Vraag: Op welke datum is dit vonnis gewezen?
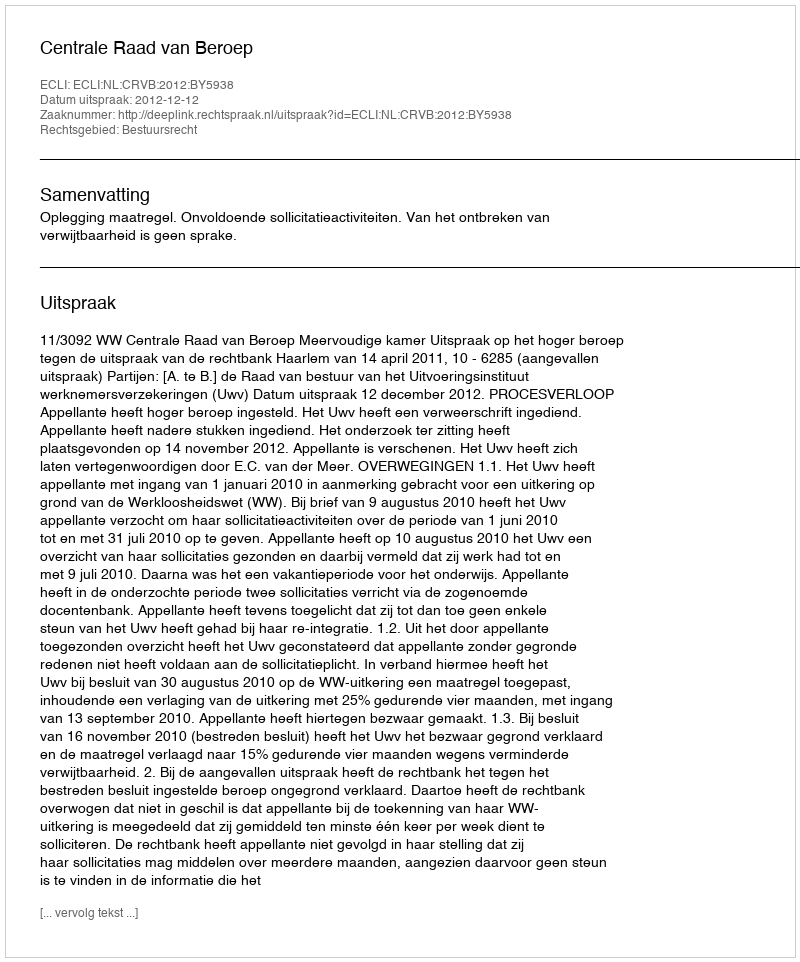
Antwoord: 2012-12-12